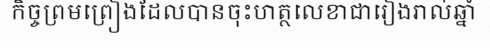
កិច្ចព្រមព្រៀងដែលបានចុះហត្ថលេខាជារៀងរាល់ឆ្នាំ